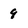
Character: 9